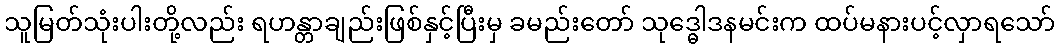
သူမြတ်သုံးပါးတို့လည်း ရဟန္တာချည်းဖြစ်နှင့်ပြီးမှ ခမည်းတော် သုဒ္ဓေါဒနမင်းက ထပ်မနားပင့်လှာရသော်